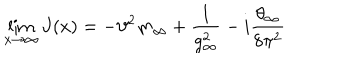
\lim _ { x \to \infty } J ( x ) = - \vartheta ^ { 2 } m _ { \infty } + \frac { 1 } { g _ { \infty } ^ { 2 } } - i \frac { \theta _ { \infty } } { 8 \pi ^ { 2 } }